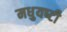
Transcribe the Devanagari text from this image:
मधुयष्‍टी